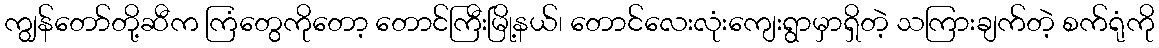
ကျွန်တော်တို့ဆီက ကြံတွေကိုတော့ တောင်ကြီးမြို့နယ်၊ တောင်လေးလုံးကျေးရွာမှာရှိတဲ့ သကြားချက်တဲ့ စက်ရုံကို